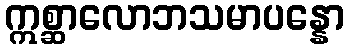
ဣစ္ဆာလောဘသမာပန္နော